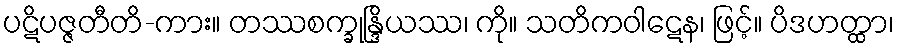
ပဋိပဇ္ဇတီတိ-ကား။ တဿစက္ခုန္ဒြိယဿ၊ ကို။ သတိကဝါဋေန၊ ဖြင့်။ ပိဒဟတ္ထာ၊